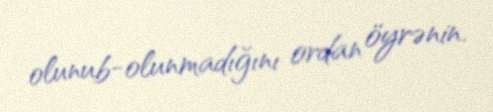
olunub-olunmadığını ordan öyrənin.